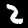
Label: 2